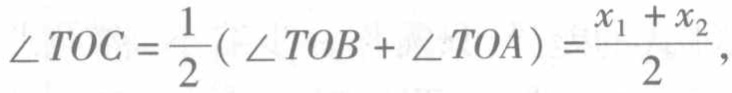
\(\angle TOC = \frac{1}{2}(\angle TOB + \angle TOA) = \frac{x_{1} + x_{2}}{2},\)